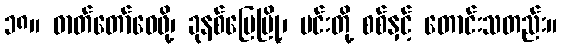
၁၈။ ဓာတ်တော်ဝေဖို့၊ ခုနစ်ပြေမြို့၊ မင်းတို့ စစ်နှင့် တောင်းသတည်း။